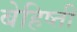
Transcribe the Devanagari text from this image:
बेहिष्ती